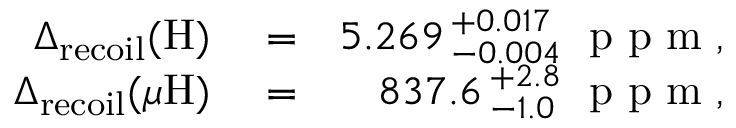
\begin{array} { r l r } { \Delta _ { \mathrm { r e c o i l } } ( \mathrm { H } ) } & { { } = } & { 5 . 2 6 9 \, { } _ { - 0 . 0 0 4 } ^ { + 0 . 0 1 7 } \; \mathrm { ~ p ~ p ~ m ~ } , } \\ { \Delta _ { \mathrm { r e c o i l } } ( \mu \mathrm { H } ) } & { { } = } & { 8 3 7 . 6 \, { } _ { - 1 . 0 } ^ { + 2 . 8 } \; \mathrm { ~ p ~ p ~ m ~ } , } \end{array}